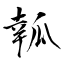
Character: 瓡